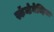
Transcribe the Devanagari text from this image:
स्कॅन्डेनेव्हिया